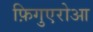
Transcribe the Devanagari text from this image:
फ़िगुएरोआ